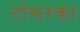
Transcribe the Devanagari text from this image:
टोसरका